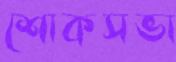
শোকসভা